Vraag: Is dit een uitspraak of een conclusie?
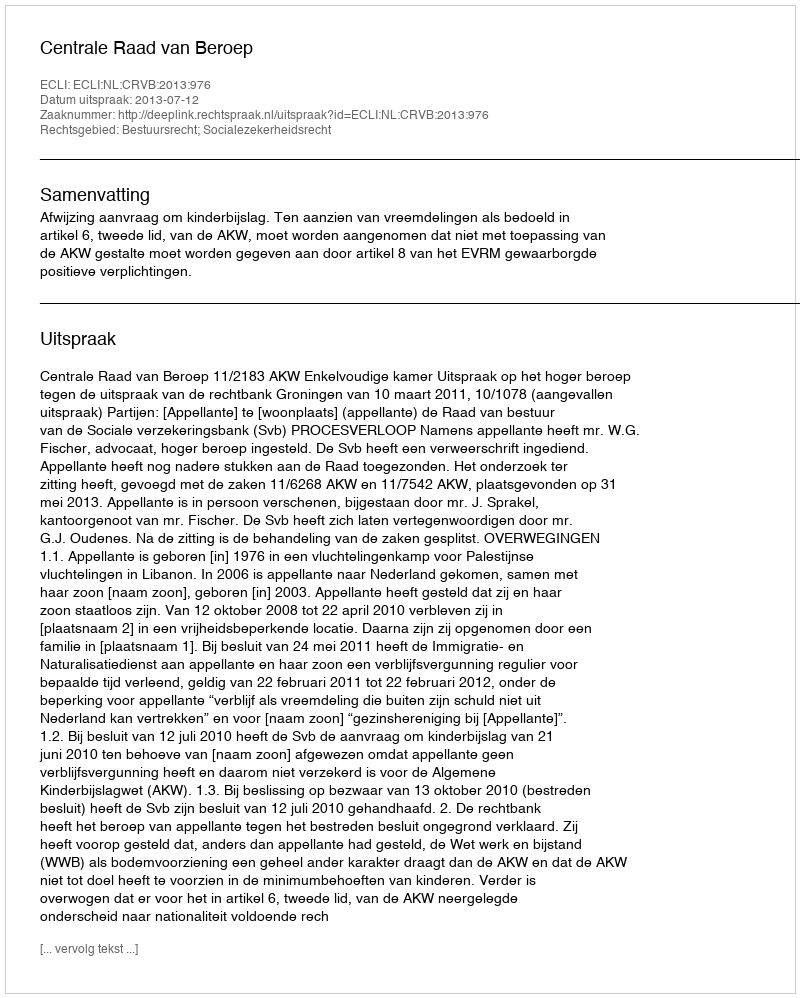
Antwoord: Uitspraak